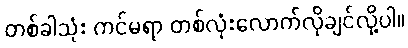
တစ်ခါသုံး ကင်မရာ တစ်လုံးလောက်လိုချင်လို့ပါ။